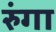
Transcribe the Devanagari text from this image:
रुंगा